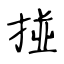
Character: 掽